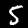
Digit: 5